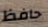
حافظ